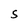
Character: S